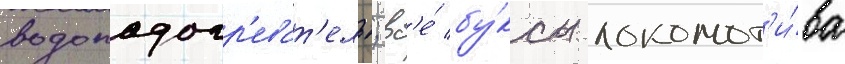
водоподогр'еват'ель; вс'е́ бу́ксы локомот'и́ва